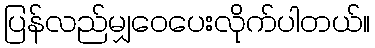
ပြန်လည်မျှဝေပေးလိုက်ပါတယ်။